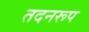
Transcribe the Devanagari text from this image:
तदनरूप